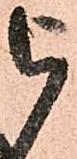
被